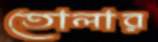
তোলার